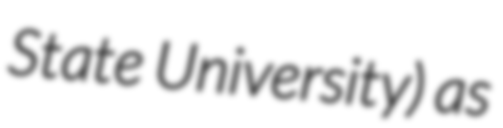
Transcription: State University) as